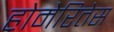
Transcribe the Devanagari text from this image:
होमेरितेस